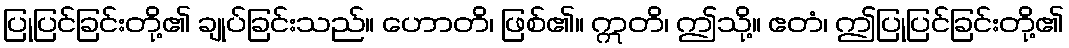
ပြုပြင်ခြင်းတို့၏ ချုပ်ခြင်းသည်။ ဟောတိ၊ ဖြစ်၏။ ဣတိ၊ ဤသို့။ ဧတံ၊ ဤပြုပြင်ခြင်းတို့၏